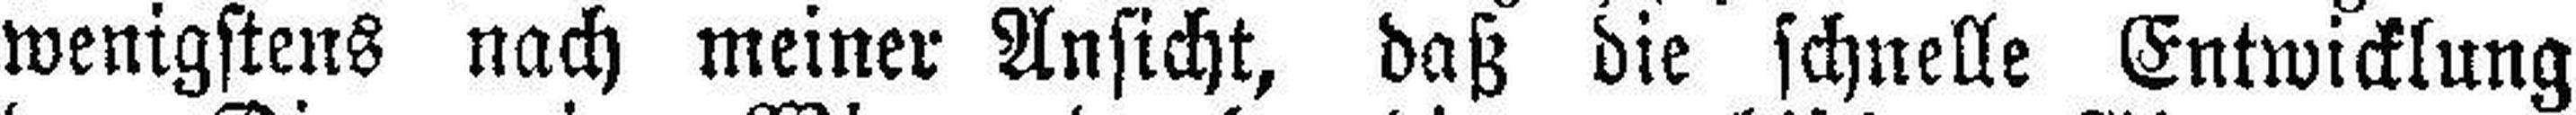
wenigstens nach meiner Ansicht, daß die schnelle Entwicklung